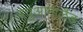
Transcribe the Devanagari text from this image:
बेचुआनालैंड